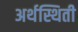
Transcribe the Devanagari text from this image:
अर्थस्थिती